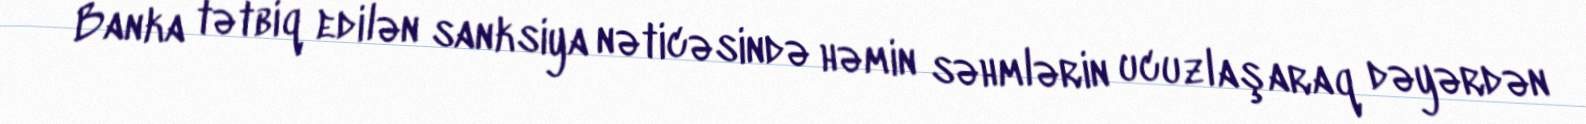
Banka tətbiq edilən sanksiya nəticəsində həmin səhmlərin ucuzlaşaraq dəyərdən